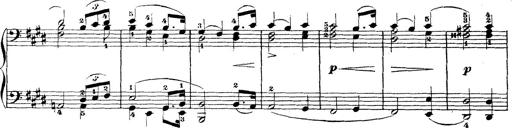
Title: Wagner-Liszt Album
Composer: Franz Liszt